Annual report of the Punjab Veterinary College and of the Civil Veterinary Department, Punjab - 1926-1932
Year: 1926
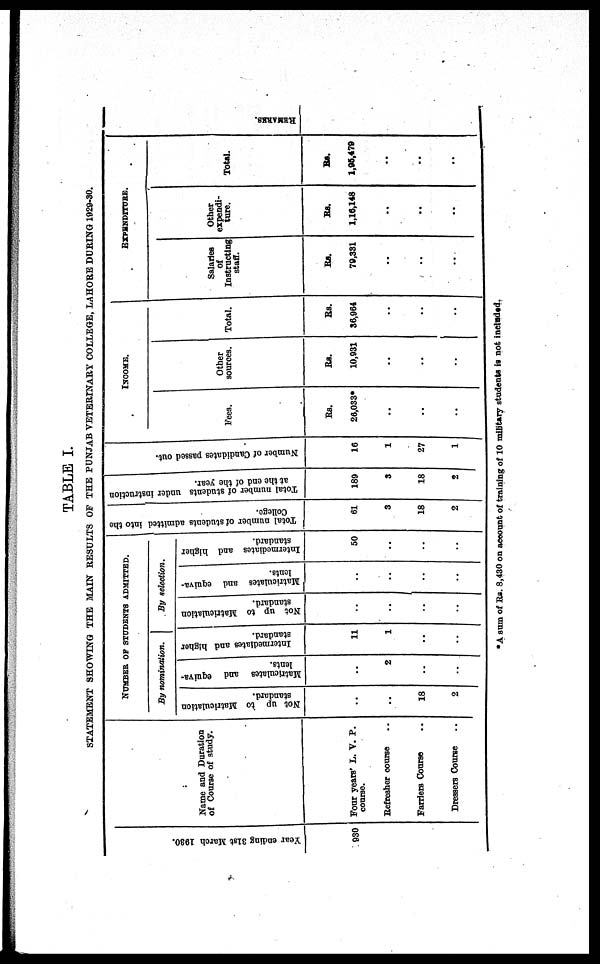
TABLE I.
STATEMENT SHOWING THE MAIN RESULTS OF THE PUNJAB VETERINARY COLLEGE, LAHORE DURING 1929-30.
Year ending 31st March 1930.
930
Name and Duration
of Course of study.
Four years' L. V. P.
course.
Refresher course ..
Farriers Course ..
Dressers Course ..
NUMBER OF STUDENTS ADMITTED.
By nomination.
Not up to Matriculation
standard.
..
..
18
2
Matriculates and equiva-
lents.
..
2
..
...
Intermediates and higher
standard.
11
1
..
..
By selection.
Not up to Matriculation
standard.
..
..
..
..
Matriculates and equiva-
lents.
..
..
..
..
Intermediates and higher
standard.
50
..
..
..
Total number of students admitted into the
College.
61
3
18
2
Total number of students under instruction
at the end of the year.
189
3
18
2
Number of Candidates passed out.
16
1
27
1
INCOME.
Fees.
Rs.
26,033*
..
..
..
Other
sources.
Rs.
10,931
..
..
..
Total.
Rs.
36,964
..
..
..
EXPENDITURE.
Salaries
of
Instructing
staff.
Rs.
79,331
..
..
..
Other
expendi-
ture.
Rs.
1,16,148
..
..
..
Total.
Rs.
1,95,479
..
..
..
RE MARKS .
*A sum of Rs. 8,430 on account of training of 10 military students is not included.